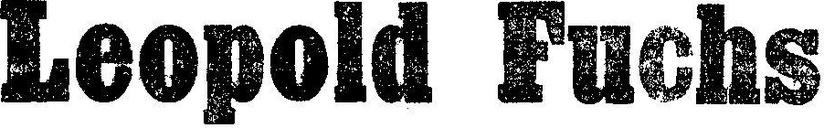
Leopold Fuchs